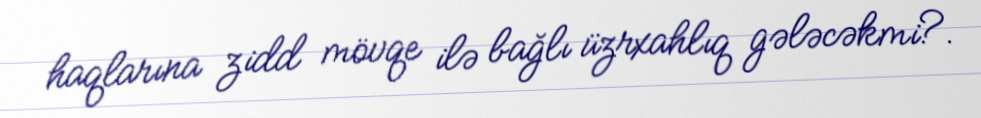
haqlarına zidd mövqe ilə bağlı üzrxahlıq gələcəkmi?.